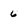
Character: 6